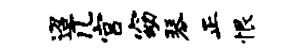
迢几宫窈琴正恨